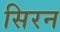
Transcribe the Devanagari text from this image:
सिरन